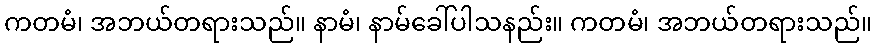
ကတမံ၊ အဘယ်တရားသည်။ နာမံ၊ နာမ်ခေါ်ပါသနည်း။ ကတမံ၊ အဘယ်တရားသည်။